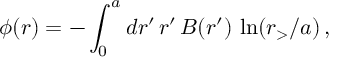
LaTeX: \phi ( r ) = - \int _ { 0 } ^ { a } d r ^ { \prime } \, r ^ { \prime } \, B ( r ^ { \prime } ) \, \ln ( r _ { > } / a ) \, ,